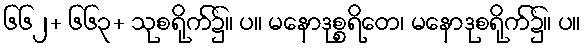
၆၆၂+ ၆၆၃+ သုစရိုက်၌။ ပ။ မနောဒုစ္စရိတေ၊ မနောဒုစရိုက်၌။ ပ။